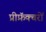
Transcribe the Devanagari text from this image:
प्रीफ़ॅक्चरों